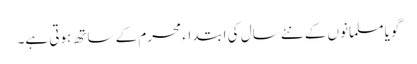
گویا مسلمانوں کے نئے سال کی ابتداء محرم کے ساتھ ہوتی ہے۔